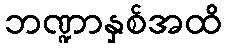
ဘဏ္ဍာနှစ်အထိ